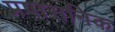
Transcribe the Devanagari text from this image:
प्रषासनिक